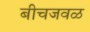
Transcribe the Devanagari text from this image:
बीचजवळ